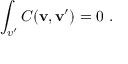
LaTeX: \int _ { v ^ { \prime } } C ( { \mathbf { v } , \mathbf { v ^ { \prime } } } ) = 0 \ .